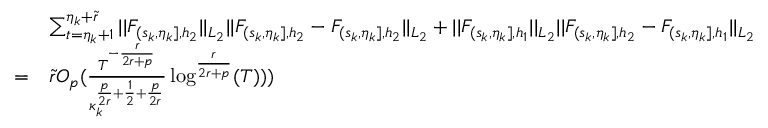
\begin{array} { r l } & { \sum _ { t = \eta _ { k } + 1 } ^ { \eta _ { k } + \widetilde { r } } \vert \vert F _ { ( s _ { k } , \eta _ { k } ] , { h _ { 2 } } } \vert \vert _ { L _ { 2 } } \vert \vert F _ { ( s _ { k } , \eta _ { k } ] , { h _ { 2 } } } - F _ { ( s _ { k } , \eta _ { k } ] , { h _ { 2 } } } \vert \vert _ { L _ { 2 } } + \vert \vert F _ { ( s _ { k } , \eta _ { k } ] , { h _ { 1 } } } \vert \vert _ { L _ { 2 } } \vert \vert F _ { ( s _ { k } , \eta _ { k } ] , { h _ { 2 } } } - F _ { ( s _ { k } , \eta _ { k } ] , { h _ { 1 } } } \vert \vert _ { L _ { 2 } } } \\ { = } & { \widetilde { r } O _ { p } ( \frac { T ^ { - \frac { r } { 2 r + p } } } { \kappa _ { k } ^ { \frac { p } { 2 r } + \frac { 1 } { 2 } + \frac { p } { 2 r } } } \log ^ { \frac { r } { 2 r + p } } ( T ) ) ) } \end{array}